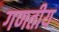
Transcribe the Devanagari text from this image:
गणतीय